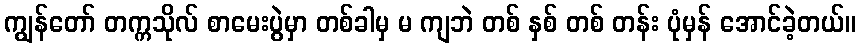
ကျွန်တော် တက္ကသိုလ် စာမေးပွဲမှာ တစ်ခါမှ မ ကျဘဲ တစ် နှစ် တစ် တန်း ပုံမှန် အောင်ခဲ့တယ်။